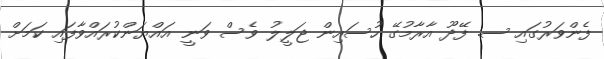
ފެންވަރުގައި ސ. ފޭދޫ އާރާމުގޭ ހުސައިން ޖަލީލު ވެސް ވަނީ އައްޔަންކުރައްވާފައި ކަމަށް